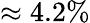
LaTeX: \approx 4.2\%